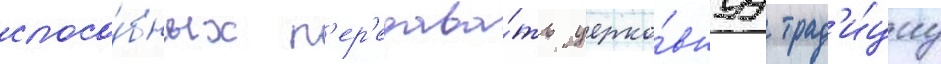
спосо́бных п'ер'едава́ть церко́внуу трад'и́циу